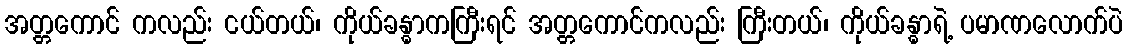
အတ္တကောင် ကလည်း ငယ်တယ်၊ ကိုယ်ခန္ဓာကကြီးရင် အတ္တကောင်ကလည်း ကြီးတယ်၊ ကိုယ်ခန္ဓာရဲ့ ပမာဏလောက်ပဲ